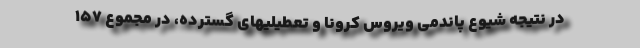
در نتیجه شیوع پاندمی ویروس کرونا و تعطیلیهای گسترده، در مجموع ۱۵۷